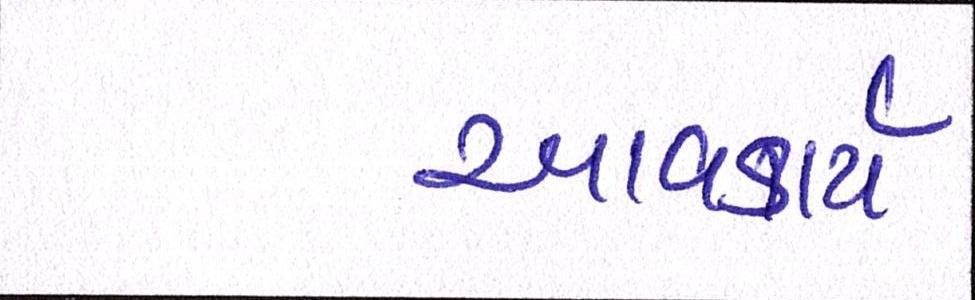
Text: આવકાર્ય